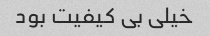
خیلی بی کیفیت بود